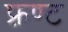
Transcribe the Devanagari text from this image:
फ़्रण्ट